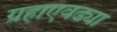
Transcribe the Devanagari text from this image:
ग्रहाएवढ्या